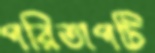
পরিতাপটি